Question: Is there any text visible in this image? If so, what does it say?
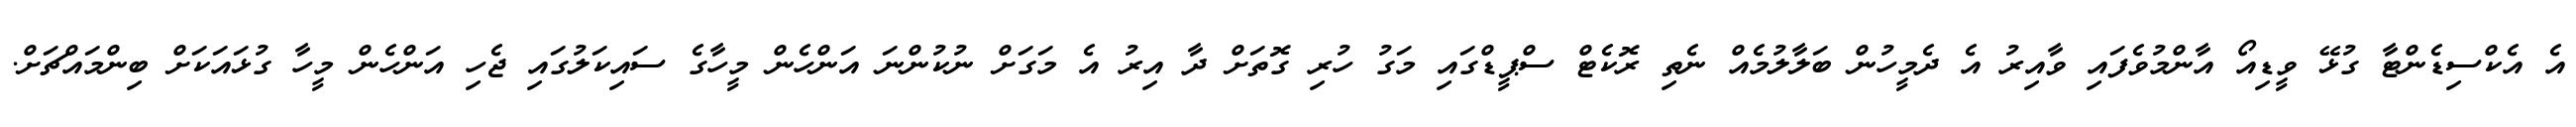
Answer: އެ އެކްސިޑެންޓާ ގުޅޭ ވީޑިއޯ އާންމުވެފައި ވާއިރު އެ ދެމީހުން ބަލާލުމެއް ނެތި ރޮކެޓް ސްޕީޑްގައި މަގު ހުރި ގޮތަށް ދާ އިރު އެ މަގަށް ނުކުންނަ އަންހެން މީހާގެ ސައިކަލުގައި ޖެހި އަންހެން މީހާ ގުޅައަކަށް ބިންމައްޗަށް.